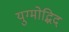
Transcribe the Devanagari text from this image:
युग्मोद्भिद